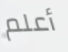
أعلم